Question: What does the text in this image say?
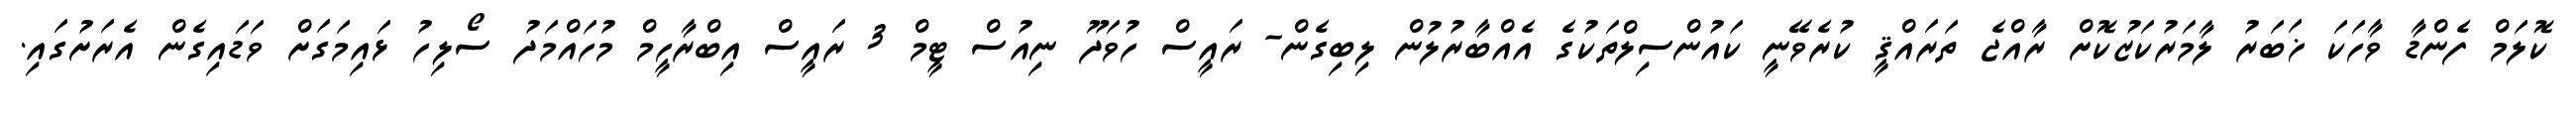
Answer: ކޮލަމް ފެންޑާ ވާހަކަ ޚަބަރު ލާމަރުކަޒުކޮށް ރާއްޖެ ތަރައްޤީ ކުރެވޭނީ ކައުންސިލްތަކުގެ އެއްބާރުލުން ލިބިގެން- ރައީސް ހުވަދޫ ނިއުސް ޓީމް 3 ރައީސް އިބްރާހީމް މުހައްމަދު ސޯލިހު ޅައިމަގަށް ވަޑައިގެން އެރަށުގައި.